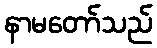
နာမတော်သည်